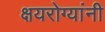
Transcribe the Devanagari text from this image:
क्षयरोग्यांनी